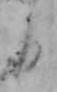
日